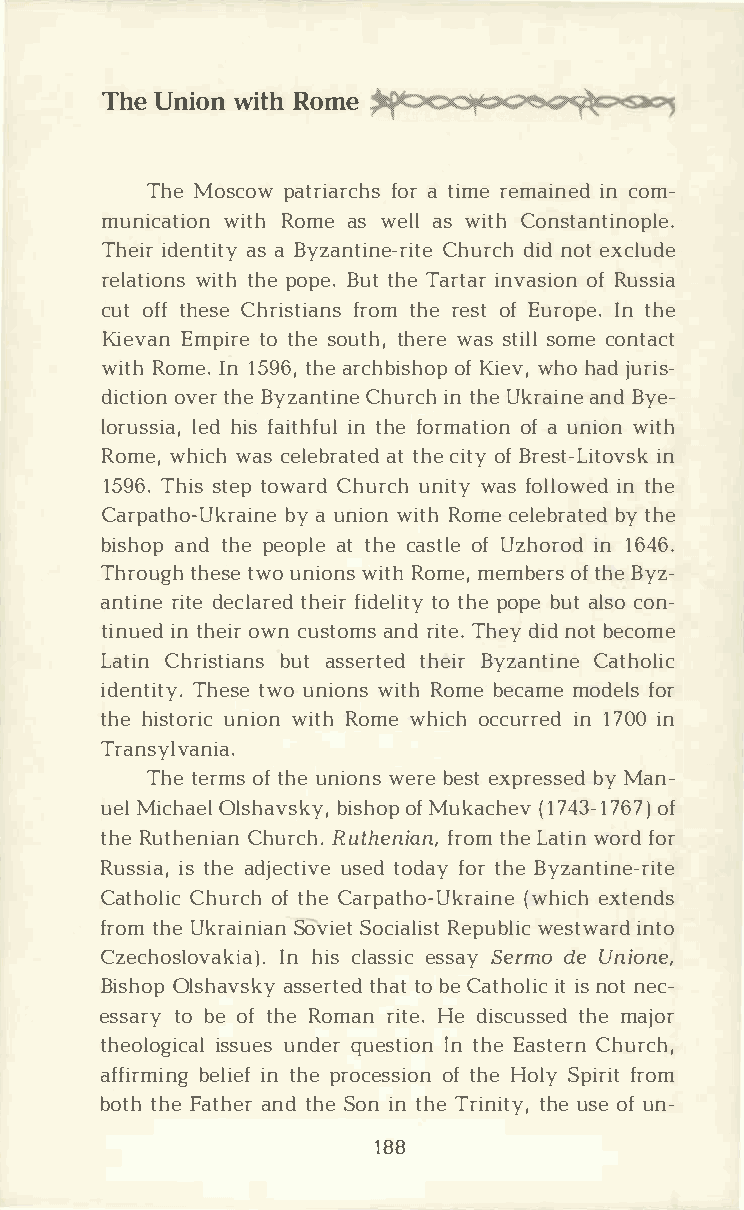
TheU niowni tRho me
 TheM oscpoawt rifaorarct hismr ee maiinnce odm ­
 municawtiitRohon m aes w elalsw itCho nstantinople.
 Theiidre natsai B tyyz antiCnheu-rrdciihntd oe et x clude
 relatwiiottnhhsp e o pBeu.tt h Tea ritnavra osfiR ouns sia
 cuotf tfh eCsher isftrioatmnh sre e sotfE uroIpnet .h e
 KievEamnp itrote h seo utthh,ew raess t siolmlce o ntact
 witRho mIen.1 59t6h,ae r chboifKs ihoewpvh ,oh ajdu ris­
 dictoivoetnrhB ey zanCthiunriecn th h Uek raainnBdey e­
 lorulseshdii afs,a itihntf hufelo rmaotfai u onni woint h
 Romweh,i wcahcs e lebartta htceei dot fyB rest-iLni tovsk
 159T6h.is st etpo waCrhdu rucnhi wtayfs o llowtehde in
 Carpathob-yUa  ku rnaiwioinnte Rh o mcee lebbryta htee d
 bishaonpdt h pee opaltte h cea sotflU ez horion1d 6 46.
 Throtuhgehts weuo n iownistR ho mmee,m beorfts hB ey z­
 antirnidete ec ltahreefidir d etloti htpeyo pbeu atl csoon ­
 tinuientd h eoiwrnc ustaonmrdsi tTeh.ed yi ndo bte come
 LatCihnr isbtuiaatsn ss erttheeBdiy rz anCtaitnheo lic
 identTihtetyswe.uo n iownistR ho mbee cammoed eflosr
 thhei stuonriiwocin t Rho mweh ich oicnc1 u7r0ir0ne d
 Tran1vs ayn ia.
 Thtee romfts h uen iownesrb ee esxt prebsyMs aend­
 ueMli chOaleslh avbsiksyoh,foM pu kac(h1 e7v4 3-o1f7 67)
 thReu theCnhiuarnRc uht.h enfiraotnmh,L e a twionrf do r
 Russitah,ae d ijsec utsietvdoe d faoytr h Bey zantine-rite
 CathCohluircoc fth h Cea rpatho-(Uwkhrieacxihtn een ds
 frotmhU ek raiSnoivaSinoe cti Raelpiuswbtel sitcw ianrtdo
 CzechoslIonvh  aicksli aas)es.si scSa eyr mdoeU nione,
 BishOolps haavssskeytr httaeotbd e C athioitlns io cnt e c­
 essatroby eo ft hReo marni tHeed. i scutshsmeea dj or
 theoloigsisucuaneldsq e ure stiinto hnEe a stCehrunr ch,
 affirbmeiliningte hfpe r oceosfst ihHoeon l Syp ifrriotm
 botthhF ea thaenrtd h Seo inn t hTer intihtueys ,oe fu n-
 188